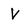
Character: v